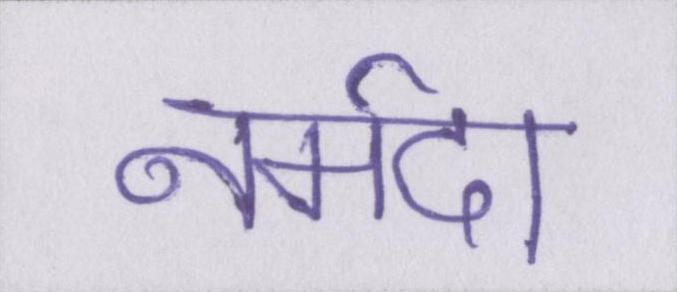
नर्मदा